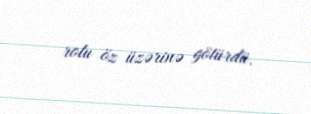
rolu öz üzərinə götürdü.